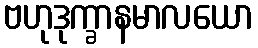
ဗဟုဒုက္ခာနမာလယော